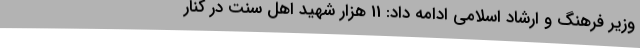
وزیر فرهنگ و ارشاد اسلامی ادامه داد: 11 هزار شهید اهل سنت در کنار